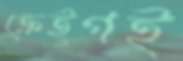
ক্রেইগই